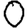
Digit: 0